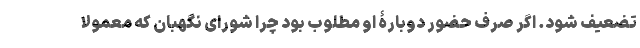
تضعیف شود. اگر صرف حضور دوبارۀ او مطلوب بود چرا شورای نگهبان که معمولا